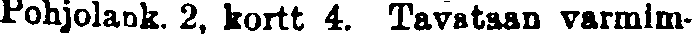
Pohjolank. 2, kortt 4. Tavataan varmim-